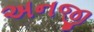
અનજી